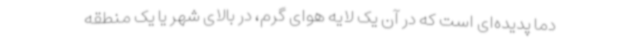
دما پدیده‌ای است که در آن یک لایه هوای گرم، در بالای شهر یا یک منطقه